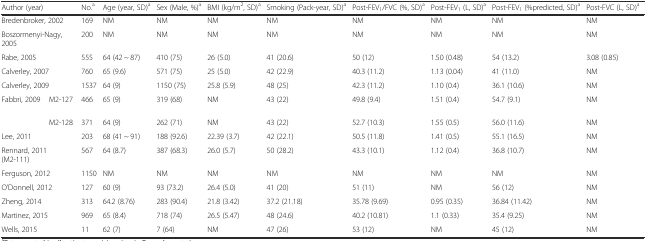
<table><thead><tr><td colspan="2"><b>Author (year)</b></td><td><b>No.<sup>a</sup></b></td><td><b>Age (year, SD)<sup>a</sup></b></td><td><b>Sex (Male, %)<sup>a</sup></b></td><td><b>BMI (kg/m<sup>2</sup>, SD)<sup>a</sup></b></td><td><b>Smoking (Pack-year, SD)<sup>a</sup></b></td><td><b>Post-FEV<sub>1</sub>/FVC (%, SD)<sup>a</sup></b></td><td><b>Post-FEV<sub>1</sub> (L, SD)<sup>a</sup></b></td><td><b>Post-FEV<sub>1</sub> (%predicted, SD)<sup>a</sup></b></td><td><b>Post-FVC (L, SD)<sup>a</sup></b></td></tr></thead><tbody><tr><td colspan="2">Bredenbroker, 2002</td><td>169</td><td>NM</td><td>NM</td><td>NM</td><td>NM</td><td>NM</td><td>NM</td><td>NM</td><td>NM</td></tr><tr><td colspan="2">Boszormenyi-Nagy, 2005</td><td>200</td><td>NM</td><td>NM</td><td>NM</td><td>NM</td><td>NM</td><td>NM</td><td>NM</td><td>NM</td></tr><tr><td colspan="2">Rabe, 2005</td><td>555</td><td>64 (42 ~ 87)</td><td>410 (75)</td><td>26 (5.0)</td><td>41 (20.6)</td><td>50 (12)</td><td>1.50 (0.48)</td><td>54 (13.2)</td><td>3.08 (0.85)</td></tr><tr><td colspan="2">Calverley, 2007</td><td>760</td><td>65 (9.6)</td><td>571 (75)</td><td>25 (5.0)</td><td>42 (22.9)</td><td>40.3 (11.2)</td><td>1.13 (0.04)</td><td>41 (11.0)</td><td>NM</td></tr><tr><td colspan="2">Calverley, 2009</td><td>1537</td><td>64 (9)</td><td>1150 (75)</td><td>25.8 (5.9)</td><td>48 (25)</td><td>42.3 (11.2)</td><td>1.10 (0.4)</td><td>36.1 (10.6)</td><td>NM</td></tr><tr><td rowspan="2">Fabbri, 2009</td><td>M2-127</td><td>466</td><td>65 (9)</td><td>319 (68)</td><td>NM</td><td>43 (22)</td><td>49.8 (9.4)</td><td>1.51 (0.4)</td><td>54.7 (9.1)</td><td>NM</td></tr><tr><td>M2-128</td><td>371</td><td>64 (9)</td><td>262 (71)</td><td>NM</td><td>43 (22)</td><td>52.7 (10.3)</td><td>1.55 (0.5)</td><td>56.0 (11.6)</td><td>NM</td></tr><tr><td colspan="2">Lee, 2011</td><td>203</td><td>68 (41 ~ 91)</td><td>188 (92.6)</td><td>22.39 (3.7)</td><td>42 (22.1)</td><td>50.5 (11.8)</td><td>1.41 (0.5)</td><td>55.1 (16.5)</td><td>NM</td></tr><tr><td colspan="2">Rennard, 2011 (M2-111)</td><td>567</td><td>64 (8.7)</td><td>387 (68.3)</td><td>26.0 (5.7)</td><td>50 (28.2)</td><td>43.3 (10.1)</td><td>1.12 (0.4)</td><td>36.8 (10.7)</td><td>NM</td></tr><tr><td colspan="2">Ferguson, 2012</td><td>1150</td><td>NM</td><td>NM</td><td>NM</td><td>NM</td><td>NM</td><td>NM</td><td>NM</td><td>NM</td></tr><tr><td colspan="2">O’Donnell, 2012</td><td>127</td><td>60 (9)</td><td>93 (73.2)</td><td>26.4 (5.0)</td><td>41 (20)</td><td>51 (11)</td><td>NM</td><td>56 (12)</td><td>NM</td></tr><tr><td colspan="2">Zheng, 2014</td><td>313</td><td>64.2 (8.76)</td><td>283 (90.4)</td><td>21.8 (3.42)</td><td>37.2 (21.18)</td><td>35.78 (9.69)</td><td>0.95 (0.35)</td><td>36.84 (11.42)</td><td>NM</td></tr><tr><td colspan="2">Martinez, 2015</td><td>969</td><td>65 (8.4)</td><td>718 (74)</td><td>26.5 (5.47)</td><td>48 (24.6)</td><td>40.2 (10.81)</td><td>1.1 (0.33)</td><td>35.4 (9.25)</td><td>NM</td></tr><tr><td colspan="2">Wells, 2015</td><td>11</td><td>62 (7)</td><td>7 (64)</td><td>NM</td><td>47 (26)</td><td>53 (12)</td><td>NM</td><td>45 (12)</td><td>NM</td></tr></tbody></table>